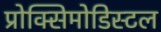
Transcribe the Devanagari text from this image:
प्रोक्सिमोडिस्टल